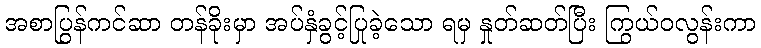
အစာပြွန်ကင်ဆာ တန်ခိုးမှာ အပ်နှံခွင့်ပြုခဲ့သော ရမှ နှုတ်ဆတ်ပြီး ကြွယ်ဝလွန်းကာ